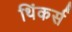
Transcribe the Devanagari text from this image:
थिंकर्स